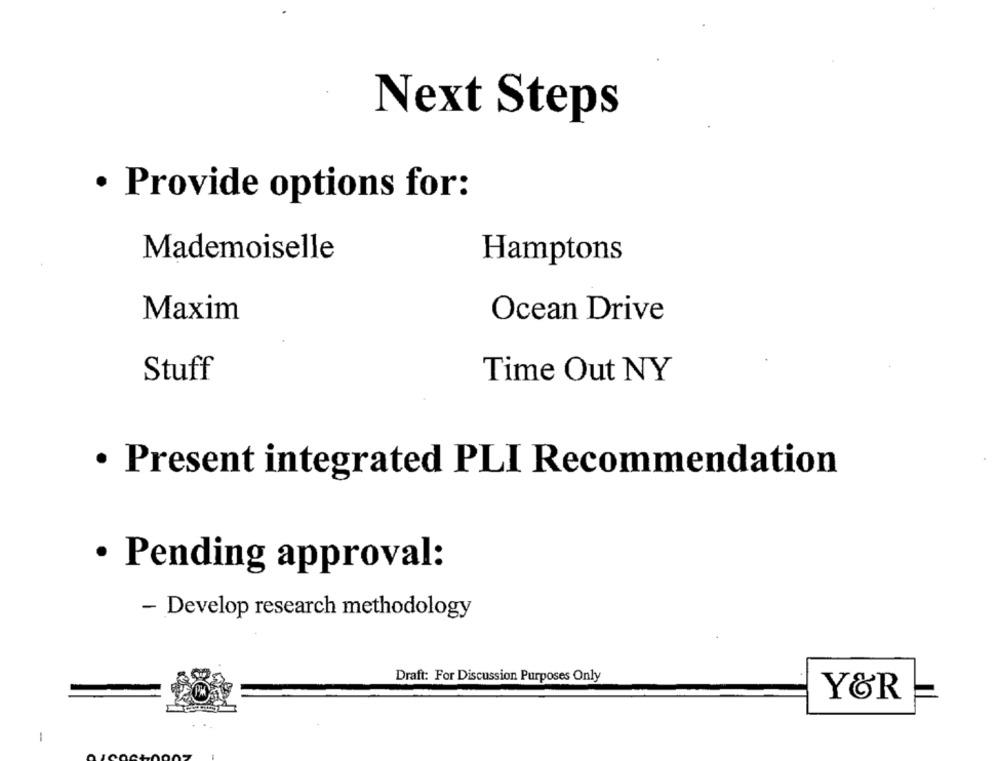
Next Steps
· Provide options for:
Mademoiselle
Hamptons
Maxim
Ocean Drive
Stuff
Time Out NY
· Present integrated PLI Recommendation
· Pending approval:
- Develop research methodology
Draft: For Discussion Purposes Only
Y&R
-